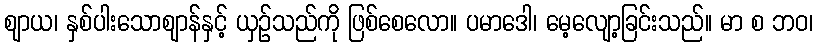
ဈာယ၊ နှစ်ပါးသောဈာန်နှင့် ယှဉ်သည်ကို ဖြစ်စေလော။ ပမာဒေါ၊ မေ့လျော့ခြင်းသည်။ မာ စ ဘဝ၊